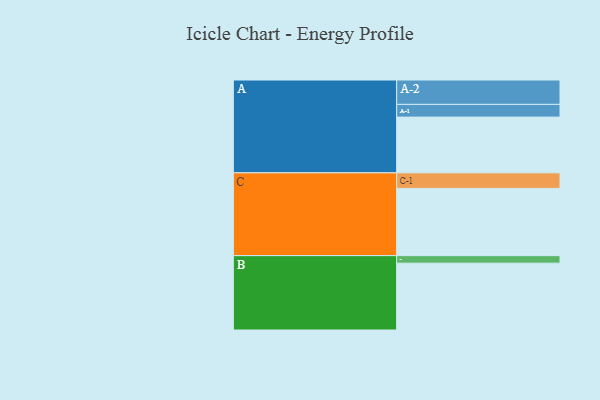
{"axis": {"x": "Segment", "y": "Value"}, "legend": ["", "A", "B", "C"], "data": [{"x": "A", "y": 416, "type": ""}, {"x": "B", "y": 499, "type": ""}, {"x": "C", "y": 502, "type": ""}, {"x": "A-1", "y": 95, "type": "A"}, {"x": "A-2", "y": 182, "type": "A"}, {"x": "B-1", "y": 56, "type": "B"}, {"x": "C-1", "y": 116, "type": "C"}]}